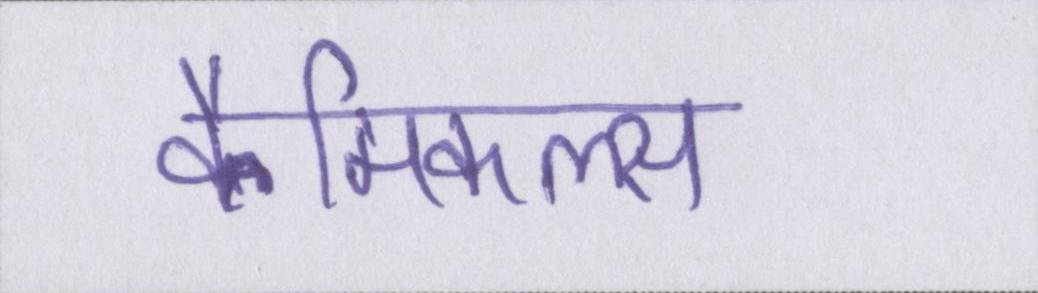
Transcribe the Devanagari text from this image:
कैमिकल्स